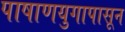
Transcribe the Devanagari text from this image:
पाषाणयुगापासून